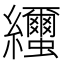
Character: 𦇼